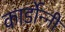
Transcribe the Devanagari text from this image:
कार्डोन्‍नी